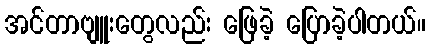
အင်တာဗျူးတွေလည်း ဖြေခဲ့ ပြောခဲ့ပါတယ်။